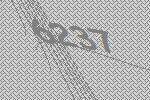
6237